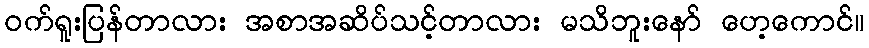
ဝက်ရူးပြန်တာလား အစာအဆိပ်သင့်တာလား မသိဘူးနော် ဟေ့ကောင်။